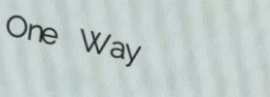
One Way